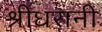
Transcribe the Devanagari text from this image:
श्रीधरानी